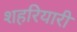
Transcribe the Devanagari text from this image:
शहरियारी